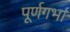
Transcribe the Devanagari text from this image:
पूर्णगर्भा